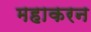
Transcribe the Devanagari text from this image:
महाकरन